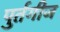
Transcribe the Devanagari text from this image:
पुर्तगीज